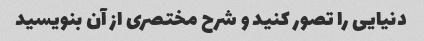
دنیایی را تصور کنید و شرح مختصری از آن بنویسید